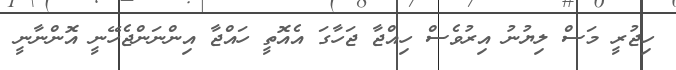
ހިޖުރީ މަސް ލިޔުނު އިރުވެސް ހިއްޖާ ޖަހާގަ އެއޮތީ ހައްޖާ އިންނަންޖެހޭނީ އޮންނާނީ